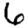
Digit: 6